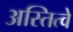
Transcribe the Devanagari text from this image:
अस्तित्वे